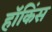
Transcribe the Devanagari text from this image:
हॉकिंस